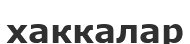
хаккалар